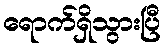
ရောက်ရှိသွားပြီ